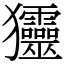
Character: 𤣤